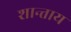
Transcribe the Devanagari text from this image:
शान्ताय